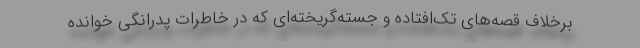
برخلاف قصه‌های تک‌افتاده و جسته‌گریخته‌ای که در خاطرات پدرانگی خوانده